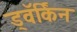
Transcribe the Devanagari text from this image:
ड्वॅर्किन